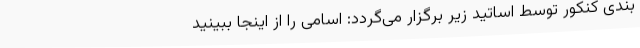
بندی کنکور توسط اساتید زیر برگزار می­گردد: اسامی را از اینجا ببینید